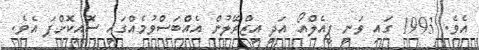
އެވެ. 1993 ގައި ވަނީ ޕީއެލްއޯ އަދި އިޒްރޭލުން އެއްބަސްވުމެއްގައި ސޮއިކޮށްފަ އެވެ.